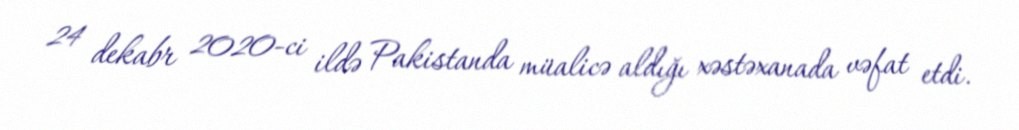
24 dekabr 2020-ci ildə Pakistanda müalicə aldığı xəstəxanada vəfat etdi.